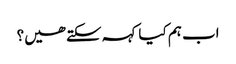
اب ہم کیا کہہ سکتے ھیں؟